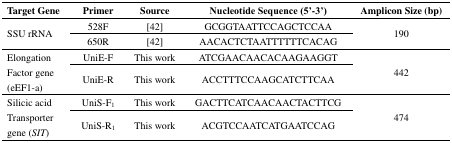
<table><thead><tr><td><b>Target Gene</b></td><td><b>Primer</b></td><td><b>Source</b></td><td><b>Nucleotide Sequence (5’-3’)</b></td><td><b>Amplicon Size (bp)</b></td></tr></thead><tbody><tr><td rowspan="2">SSU rRNA</td><td>528F</td><td>[42]</td><td>GCGGTAATTCCAGCTCCAA</td><td rowspan="2">190</td></tr><tr><td>650R</td><td>[42]</td><td>AACACTCTAATTTTTTCACAG</td></tr><tr><td rowspan="2">Elongation Factor gene (eEF1-a)</td><td>UniE-F</td><td>This work</td><td>ATCGAACAACACAAGAAGGT</td><td rowspan="2">442</td></tr><tr><td>UniE-R</td><td>This work</td><td>ACCTTTCCAAGCATCTTCAA</td></tr><tr><td rowspan="2">Silicic acid Transporter gene (<i>SIT</i>)</td><td>UniS-F<sub>1</sub></td><td>This work</td><td>GACTTCATCAACAACTACTTCG</td><td rowspan="2">474</td></tr><tr><td>UniS-R<sub>1</sub></td><td>This work</td><td>ACGTCCAATCATGAATCCAG</td></tr></tbody></table>